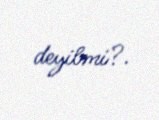
deyilmi?.